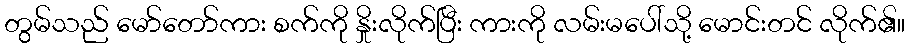
တွမ်သည် မော်တော်ကား စက်ကို နှိုးလိုက်ပြီး ကားကို လမ်းမပေါ်သို့ မောင်းတင် လိုက်၏။